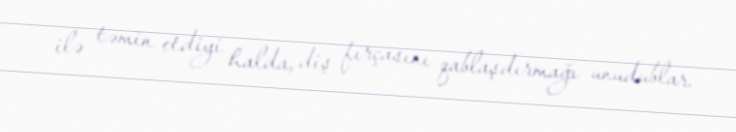
ilə təmin etdiyi halda, diş fırçasını qablaşdırmağı unudublar.